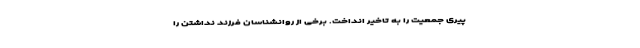
پیری جمعیت را به تاخیر انداخت. برخی از روانشناسان فرزند نداشتن را